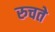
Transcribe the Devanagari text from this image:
रुचते